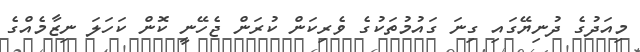
މިއަދުގެ ދުނިޔޭގައި ގިނަ ގައުމުތަކުގެ ވެރިކަން ކުރަން ޖެހޭނީ ކޮން ކަހަލަ ނިޒާމެއްގެ